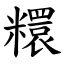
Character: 糫